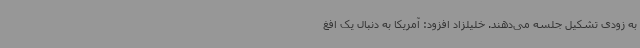
به زودی تشکیل جلسه می‌دهند. خلیلزاد افزود: آمریکا به دنبال یک افغ